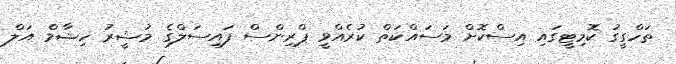
ތަހްގީގު ކޮމިޓީގައި އިސްކޮށް މަސައްކަތް ކުރެއްވީ ޕްރިންސް ފައިސަލްގެ މުޝީރު ހިޝާމް އަލް